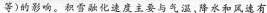
等)的影响。积雪融化速度主要与气温，降水和风速有